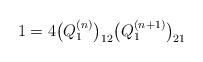
LaTeX: \begin{gather*}1 = 4 \big(Q_1^{(n)}\big)_{12} \big(Q_1^{(n+1)}\big)_{21}\end{gather*}